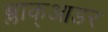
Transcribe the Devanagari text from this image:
ब्लाक्आडर